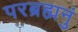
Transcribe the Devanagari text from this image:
परब्रह्मनुं